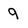
Character: 9